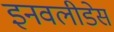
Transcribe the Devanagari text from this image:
इनवलीडेस